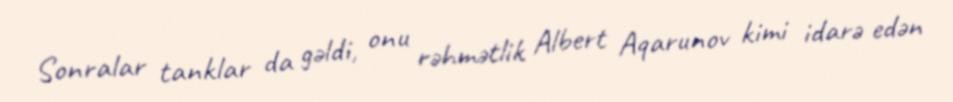
Sonralar tanklar da gəldi, onu rəhmətlik Albert Aqarunov kimi idarə edən